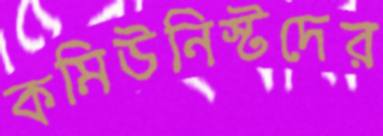
কমিউনিস্টদের